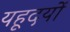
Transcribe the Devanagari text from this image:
यहूदयों